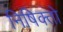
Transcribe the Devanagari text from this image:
निषिक्तो